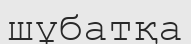
шұбатқа